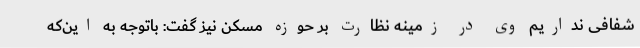
شفافی نداریم وی در زمینه نظارت بر حوزه مسکن نیز گفت: باتوجه به این‌که